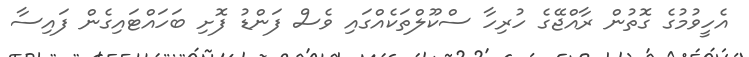
އެހީވުމުގެ ގޮތުން ރާއްޖޭގެ ހުރިހާ ސްކޫލްތަކެއްގައި ވެސް ފަންޑު ފޮށި ބަހައްޓައިގެން ފައިސާ